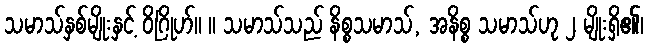
သမာသ်နှစ်မျိုးနှင့် ဝိဂြိုဟ်။ ။ သမာသ်သည် နိစ္စသမာသ်, အနိစ္စ သမာသ်ဟု ၂ မျိုးရှိ၏၊